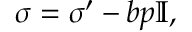
\boldsymbol { \sigma } = \boldsymbol { \sigma ^ { \prime } } - b p \boldsymbol { \mathbb { I } } ,